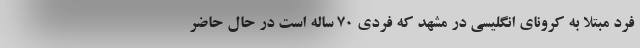
فرد مبتلا به کرونای انگلیسی در مشهد که فردی 70 ساله است در حال حاضر